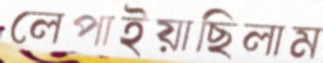
লেপাইয়াছিলাম